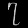
Digit: ၇